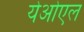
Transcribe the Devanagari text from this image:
येओएल